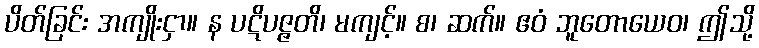
ပိတ်ခြင်း အကျိုးငှာ။ န ပဋိပဇ္ဇတိ၊ မကျင့်။ စ၊ ဆက်။ ဧဝံ ဘူတောယေဝ၊ ဤသို့